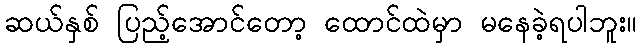
ဆယ်နှစ် ပြည့်အောင်တော့ ထောင်ထဲမှာ မနေခဲ့ရပါဘူး။